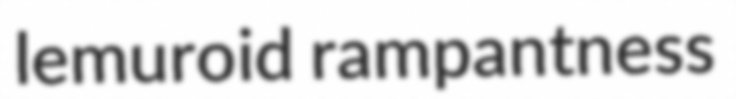
lemuroid rampantness